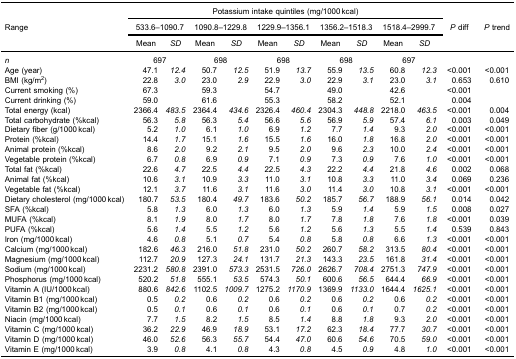
<table><thead><tr><td><b> </b></td><td colspan="10"><b>Potassium intake quintiles (mg/1000 kcal)</b></td><td><b> </b></td><td><b> </b></td></tr><tr><td><b>Range</b></td><td colspan="2"><b>533.6–1090.7</b></td><td colspan="2"><b>1090.8–1229.8</b></td><td colspan="2"><b>1229.9–1356.1</b></td><td colspan="2"><b>1356.2–1518.3</b></td><td colspan="2"><b>1518.4–2999.7</b></td><td><b><i>P</i> diff</b></td><td><b><i>P</i> trend</b></td></tr><tr><td><b> </b></td><td><b>Mean</b></td><td><b><i>SD</i></b></td><td><b>Mean</b></td><td><b><i>SD</i></b></td><td><b>Mean</b></td><td><b><i>SD</i></b></td><td><b>Mean</b></td><td><b><i>SD</i></b></td><td><b>Mean</b></td><td><b><i>SD</i></b></td><td><b> </b></td><td><b> </b></td></tr></thead><tbody><tr><td><i>n</i></td><td colspan="2">697</td><td colspan="2">698</td><td colspan="2">698</td><td colspan="2">698</td><td colspan="2">697</td><td> </td><td> </td></tr><tr><td>Age (year)</td><td>47.1</td><td><i>12.4</i></td><td>50.7</td><td><i>12.5</i></td><td>51.9</td><td><i>13.7</i></td><td>55.9</td><td><i>13.5</i></td><td>60.8</td><td><i>12.3</i></td><td>&lt;0.001</td><td>&lt;0.001</td></tr><tr><td>BMI (kg/m<sup>2</sup>)</td><td>22.8</td><td><i>3.0</i></td><td>23.0</td><td><i>2.9</i></td><td>22.9</td><td><i>3.0</i></td><td>22.9</td><td><i>3.1</i></td><td>23.0</td><td><i>3.1</i></td><td>0.653</td><td>0.610</td></tr><tr><td>Current smoking (%)</td><td>67.3</td><td> </td><td>59.3</td><td> </td><td>54.7</td><td> </td><td>49.0</td><td> </td><td>42.6</td><td> </td><td>&lt;0.001</td><td> </td></tr><tr><td>Current drinking (%)</td><td>59.0</td><td> </td><td>61.6</td><td> </td><td>55.3</td><td> </td><td>58.2</td><td> </td><td>52.1</td><td> </td><td>0.004</td><td> </td></tr><tr><td>Total energy (kcal)</td><td>2366.4</td><td><i>483.5</i></td><td>2364.4</td><td><i>434.6</i></td><td>2326.4</td><td><i>460.4</i></td><td>2304.3</td><td><i>448.8</i></td><td>2218.0</td><td><i>463.5</i></td><td>&lt;0.001</td><td>0.004</td></tr><tr><td>Total carbohydrate (%kcal)</td><td>56.3</td><td><i>5.8</i></td><td>56.3</td><td><i>5.4</i></td><td>56.6</td><td><i>5.6</i></td><td>56.9</td><td><i>5.9</i></td><td>57.4</td><td><i>6.1</i></td><td>0.003</td><td>0.049</td></tr><tr><td>Dietary fiber (g/1000 kcal)</td><td>5.2</td><td><i>1.0</i></td><td>6.1</td><td><i>1.0</i></td><td>6.9</td><td><i>1.2</i></td><td>7.7</td><td><i>1.4</i></td><td>9.3</td><td><i>2.0</i></td><td>&lt;0.001</td><td>&lt;0.001</td></tr><tr><td>Protein (%kcal)</td><td>14.4</td><td><i>1.7</i></td><td>15.1</td><td><i>1.6</i></td><td>15.5</td><td><i>1.6</i></td><td>16.0</td><td><i>1.8</i></td><td>16.8</td><td><i>2.0</i></td><td>&lt;0.001</td><td>&lt;0.001</td></tr><tr><td>Animal protein (%kcal)</td><td>8.6</td><td><i>2.0</i></td><td>9.2</td><td><i>2.1</i></td><td>9.5</td><td><i>2.0</i></td><td>9.6</td><td><i>2.3</i></td><td>10.0</td><td><i>2.4</i></td><td>&lt;0.001</td><td>&lt;0.001</td></tr><tr><td>Vegetable protein (%kcal)</td><td>6.7</td><td><i>0.8</i></td><td>6.9</td><td><i>0.9</i></td><td>7.1</td><td><i>0.9</i></td><td>7.3</td><td><i>0.9</i></td><td>7.6</td><td><i>1.0</i></td><td>&lt;0.001</td><td>&lt;0.001</td></tr><tr><td>Total fat (%kcal)</td><td>22.6</td><td><i>4.7</i></td><td>22.5</td><td><i>4.4</i></td><td>22.5</td><td><i>4.3</i></td><td>22.2</td><td><i>4.4</i></td><td>21.8</td><td><i>4.6</i></td><td>0.002</td><td>0.068</td></tr><tr><td>Animal fat (%kcal)</td><td>10.6</td><td><i>3.1</i></td><td>10.9</td><td><i>3.3</i></td><td>11.0</td><td><i>3.1</i></td><td>10.8</td><td><i>3.3</i></td><td>11.0</td><td><i>3.4</i></td><td>0.069</td><td>0.236</td></tr><tr><td>Vegetable fat (%kcal)</td><td>12.1</td><td><i>3.7</i></td><td>11.6</td><td><i>3.1</i></td><td>11.6</td><td><i>3.0</i></td><td>11.4</td><td><i>3.0</i></td><td>10.8</td><td><i>3.1</i></td><td>&lt;0.001</td><td>&lt;0.001</td></tr><tr><td>Dietary cholesterol (mg/1000 kcal)</td><td>180.7</td><td><i>53.5</i></td><td>180.4</td><td><i>49.7</i></td><td>183.6</td><td><i>50.2</i></td><td>185.7</td><td><i>56.7</i></td><td>188.9</td><td><i>56.1</i></td><td>0.014</td><td>0.042</td></tr><tr><td>SFA (%kcal)</td><td>5.8</td><td><i>1.3</i></td><td>6.0</td><td><i>1.3</i></td><td>6.0</td><td><i>1.3</i></td><td>5.9</td><td><i>1.4</i></td><td>5.9</td><td><i>1.5</i></td><td>0.008</td><td>0.027</td></tr><tr><td>MUFA (%kcal)</td><td>8.1</td><td><i>1.9</i></td><td>8.0</td><td><i>1.7</i></td><td>8.0</td><td><i>1.7</i></td><td>7.8</td><td><i>1.8</i></td><td>7.6</td><td><i>1.8</i></td><td>&lt;0.001</td><td>0.039</td></tr><tr><td>PUFA (%kcal)</td><td>5.6</td><td><i>1.4</i></td><td>5.5</td><td><i>1.2</i></td><td>5.6</td><td><i>1.2</i></td><td>5.6</td><td><i>1.3</i></td><td>5.5</td><td><i>1.4</i></td><td>0.539</td><td>0.843</td></tr><tr><td>Iron (mg/1000 kcal)</td><td>4.6</td><td><i>0.8</i></td><td>5.1</td><td><i>0.7</i></td><td>5.4</td><td><i>0.8</i></td><td>5.8</td><td><i>0.8</i></td><td>6.6</td><td><i>1.3</i></td><td>&lt;0.001</td><td>&lt;0.001</td></tr><tr><td>Calcium (mg/1000 kcal)</td><td>182.6</td><td><i>46.3</i></td><td>216.0</td><td><i>51.8</i></td><td>231.0</td><td><i>50.2</i></td><td>260.7</td><td><i>58.2</i></td><td>313.5</td><td><i>80.4</i></td><td>&lt;0.001</td><td>&lt;0.001</td></tr><tr><td>Magnesium (mg/1000 kcal)</td><td>112.7</td><td><i>20.9</i></td><td>127.3</td><td><i>24.1</i></td><td>131.7</td><td><i>21.3</i></td><td>143.3</td><td><i>23.5</i></td><td>161.8</td><td><i>31.4</i></td><td>&lt;0.001</td><td>&lt;0.001</td></tr><tr><td>Sodium (mg/1000 kcal)</td><td>2231.2</td><td><i>580.8</i></td><td>2391.0</td><td><i>573.3</i></td><td>2531.5</td><td><i>726.0</i></td><td>2626.7</td><td><i>708.4</i></td><td>2751.3</td><td><i>747.9</i></td><td>&lt;0.001</td><td>&lt;0.001</td></tr><tr><td>Phosphorus (mg/1000 kcal)</td><td>520.2</td><td><i>51.8</i></td><td>555.1</td><td><i>53.5</i></td><td>574.3</td><td><i>50.1</i></td><td>600.6</td><td><i>56.5</i></td><td>644.4</td><td><i>66.9</i></td><td>&lt;0.001</td><td>&lt;0.001</td></tr><tr><td>Vitamin A (IU/1000 kcal)</td><td>880.6</td><td><i>842.6</i></td><td>1102.5</td><td><i>1009.7</i></td><td>1275.2</td><td><i>1170.9</i></td><td>1369.9</td><td><i>1133.0</i></td><td>1644.4</td><td><i>1625.1</i></td><td>&lt;0.001</td><td>&lt;0.001</td></tr><tr><td>Vitamin B1 (mg/1000 kcal)</td><td>0.5</td><td><i>0.2</i></td><td>0.6</td><td><i>0.2</i></td><td>0.6</td><td><i>0.2</i></td><td>0.6</td><td><i>0.2</i></td><td>0.6</td><td><i>0.2</i></td><td>&lt;0.001</td><td>&lt;0.001</td></tr><tr><td>Vitamin B2 (mg/1000 kcal)</td><td>0.5</td><td><i>0.1</i></td><td>0.6</td><td><i>0.1</i></td><td>0.6</td><td><i>0.1</i></td><td>0.6</td><td><i>0.1</i></td><td>0.7</td><td><i>0.2</i></td><td>&lt;0.001</td><td>&lt;0.001</td></tr><tr><td>Niacin (mg/1000 kcal)</td><td>7.7</td><td><i>1.5</i></td><td>8.2</td><td><i>1.5</i></td><td>8.5</td><td><i>1.4</i></td><td>8.8</td><td><i>1.8</i></td><td>9.3</td><td><i>2.0</i></td><td>&lt;0.001</td><td>&lt;0.001</td></tr><tr><td>Vitamin C (mg/1000 kcal)</td><td>36.2</td><td><i>22.9</i></td><td>46.9</td><td><i>18.9</i></td><td>53.1</td><td><i>17.2</i></td><td>62.3</td><td><i>18.4</i></td><td>77.7</td><td><i>30.7</i></td><td>&lt;0.001</td><td>&lt;0.001</td></tr><tr><td>Vitamin D (mg/1000 kcal)</td><td>46.0</td><td><i>52.6</i></td><td>56.3</td><td><i>55.7</i></td><td>54.4</td><td><i>47.0</i></td><td>60.6</td><td><i>54.6</i></td><td>70.5</td><td><i>59.0</i></td><td>&lt;0.001</td><td>&lt;0.001</td></tr><tr><td>Vitamin E (mg/1000 kcal)</td><td>3.9</td><td><i>0.8</i></td><td>4.1</td><td><i>0.8</i></td><td>4.3</td><td><i>0.8</i></td><td>4.5</td><td><i>0.9</i></td><td>4.8</td><td><i>1.0</i></td><td>&lt;0.001</td><td>&lt;0.001</td></tr></tbody></table>